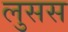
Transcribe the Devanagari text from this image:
लुसस